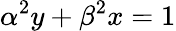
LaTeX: \alpha^{2}y+\beta^{2}x=1